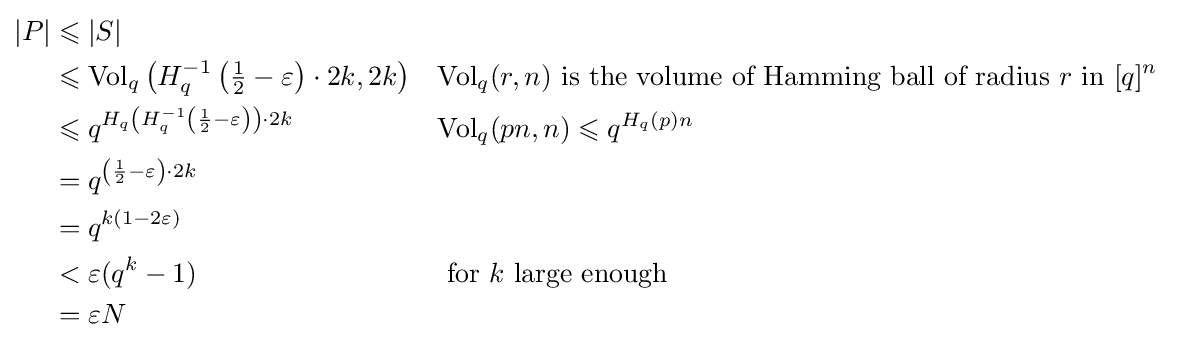
{\begin{aligned}|P|&\leqslant |S|\\&\leqslant {\text{Vol}}_{q}\left(H_{q}^{-1}\left({\tfrac {1}{2}}-\varepsilon \right)\cdot 2k,2k\right)&&{\text{Vol}}_{q}(r,n){\text{ is the volume of Hamming ball of radius }}r{\text{ in }}[q]^{n}\\&\leqslant q^{H_{q}\left(H_{q}^{-1}\left({\frac {1}{2}}-\varepsilon \right)\right)\cdot 2k}&&{\text{Vol}}_{q}(pn,n)\leqslant q^{H_{q}(p)n}\\&=q^{\left({\frac {1}{2}}-\varepsilon \right)\cdot 2k}\\&=q^{k(1-2\varepsilon )}\\&<\varepsilon (q^{k}-1)&&{\text{ for }}k{\text{  large enough }}\\&=\varepsilon N\end{aligned}}